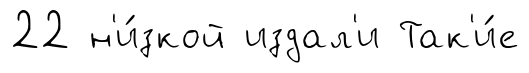
22 н'и́зкой издал'и Так'и́е